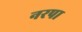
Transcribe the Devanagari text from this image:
नरपा